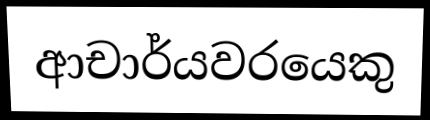
ආචාර්යවරයෙකු